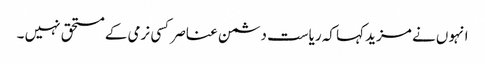
انہو ں نے مزید کہا کہ ریاست دشمن عناصر کسی نرمی کے مستحق نہیں ۔